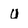
Character: U